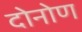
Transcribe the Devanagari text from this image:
दोनोण